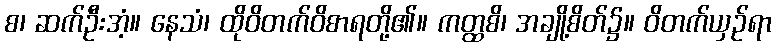
စ၊ ဆက်ဦးအံ့။ နေသံ၊ ထိုဝိတက်ဝိစာရတို့၏။ ကတ္ထစိ၊ အချို့စိတ်၌။ ဝိတက်ယှဉ်ရာ